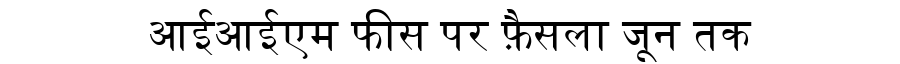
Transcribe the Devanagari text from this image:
आईआईएम फीस पर फ़ैसला जून तक